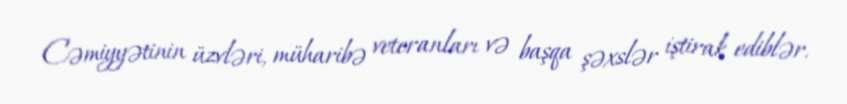
Cəmiyyətinin üzvləri, müharibə veteranları və başqa şəxslər iştirak ediblər.